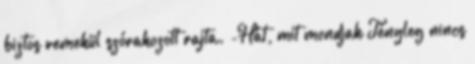
biztos remekül szórakozott rajta. -Hát, mit mondjak Tényleg nincs